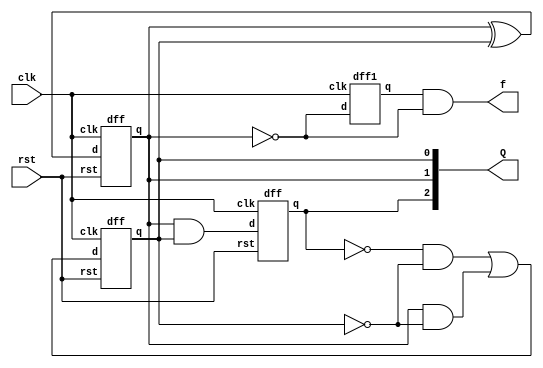
module frqby5(clk,rst,f,Q);
input clk,rst;
output [2:0]Q;
output f;
wire w,w1,w2,w3,r;
wire dout;
assign w = Q[1] && Q[0];
assign w1 = Q[1] ^ Q[0];
assign w2 = (~Q[2]) && (~Q[0]);
assign w3 = Q[1] && (~Q[0]);
assign r = w2 || w3;
// and o(w,Q[1],Q[0]);
// xor y(w1,Q[1],Q[0]);
// and o1(w2,(~Q[2]),(~Q[0]));
// and y1(w3,Q[1], (~Q[0]));
// or u(r,w2,w3);

dff A(.d(r),.clk(clk),.rst(rst),.q(Q[0]));
dff B(.d(w1),.clk(clk),.rst(rst),.q(Q[1]));
dff C(.d(w),.clk(clk),.rst(rst),.q(Q[2]));
dff1 W(.d(~Q[1]),.clk(clk),.q(dout));
and tt(f,dout,(~Q[1]));

endmodule



module dff1(d,clk,q);
input d,clk;
output reg q;

always @(negedge clk ) begin
  q<=d;
end
  
endmodule


module dff(d,clk,rst,q);
input clk,rst,d;
output reg q;
always@(posedge clk or posedge rst) begin
if(rst==1) begin
    q<=1'b0;
end
else begin
  q<=d;
end

end
endmodule